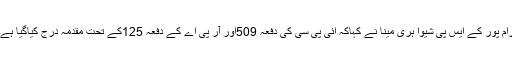
رام پور کے ایس پی شیوا ہری مینا نے کہاکہ ائی پی سی کی دفعہ 509اور آر پی اے کے دفعہ 125کے تحت مقدمہ درج کیاگیا ہے۔